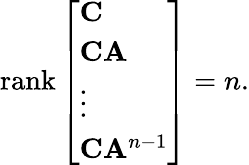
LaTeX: \operatorname{rank}{\left[\begin{array}{l}{\mathbf{C}}\\ {\mathbf{C}\mathbf{A}}\\ {\vdots}\\ {\mathbf{C}\mathbf{A}^{n-1}}\end{array}\right]}=n.